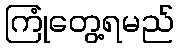
ကြုံတွေ့ရမည်